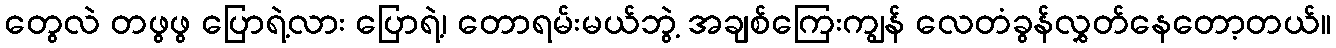
တွေလဲ တဖွဖွ ပြောရဲ့လား ပြောရဲ့၊ တောရမ်းမယ်ဘွဲ့ အချစ်ကြေးကျွန် လေတံခွန်လွှတ်နေတော့တယ်။